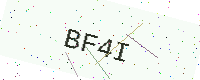
Text: BF4I